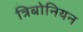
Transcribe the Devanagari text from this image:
त्रिबोनियन